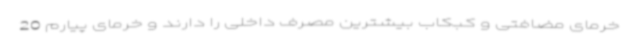
خرمای مضافتی و کبکاب بیشترین مصرف داخلی را دارند و خرمای پیارم 20